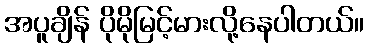
အပူချိန် ပိုမိုမြင့်မားလို့နေပါတယ်။